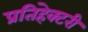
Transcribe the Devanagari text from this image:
प्रतिहेक्टरी